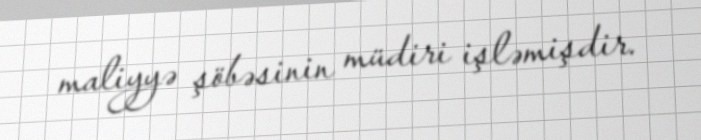
maliyyə şöbəsinin müdiri işləmişdir.